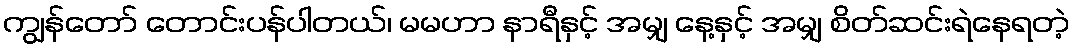
ကျွန်တော် တောင်းပန်ပါတယ်၊ မမဟာ နာရီနှင့် အမျှ နေ့နှင့် အမျှ စိတ်ဆင်းရဲနေရတဲ့